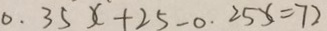
0 . 3 5 x + 2 5 - 0 . 2 5 x = 7 2